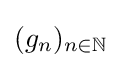
(g_{n})_{n\in \mathbb {N} }